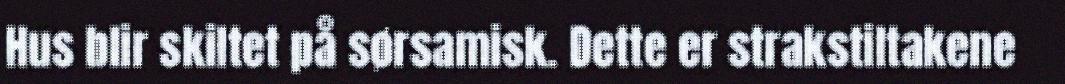
Hus blir skiltet på sørsamisk. Dette er strakstiltakene